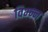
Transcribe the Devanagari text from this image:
विभ्न्न